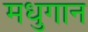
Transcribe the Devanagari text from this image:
मधुगान